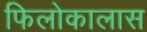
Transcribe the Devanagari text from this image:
फिलोकालास